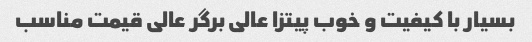
بسیار با کیفیت و خوب پیتزا عالی برگر عالی قیمت مناسب